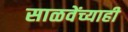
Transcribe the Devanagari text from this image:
साळवेंच्याही